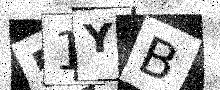
Text: 51YB